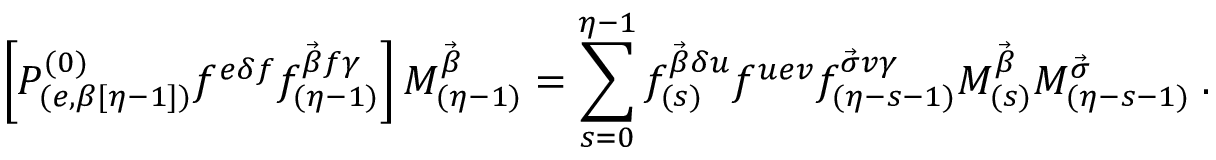
\left[ { \cal P } _ { ( e , \beta [ \eta - 1 ] ) } ^ { ( 0 ) } f ^ { e \delta f } f _ { ( \eta - 1 ) } ^ { \vec { \beta } f \gamma } \right] { \cal M } _ { ( \eta - 1 ) } ^ { \vec { \beta } } = \sum _ { s = 0 } ^ { \eta - 1 } f _ { ( s ) } ^ { \vec { \beta } \delta u } f ^ { u e v } f _ { ( \eta - s - 1 ) } ^ { \vec { \sigma } v \gamma } { \cal M } _ { ( s ) } ^ { \vec { \beta } } { \cal M } _ { ( \eta - s - 1 ) } ^ { \vec { \sigma } } \; .